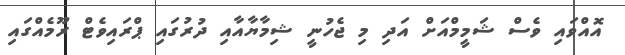
އޮއްވައި ވެސް ޝަމީމްއަށް އަދި މި ޖެހުނީ ޝިމާޔާއާއި ދުރުގައި ޕްރައިވެޓް ރޫމެއްގައި